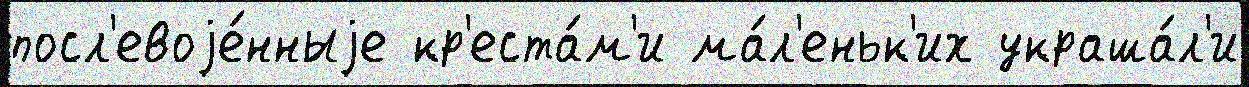
посл'евоjе́нныjе кр'еста́м'и ма́л'еньк'их украша́л'и